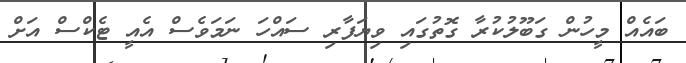
ބައެއް މީހުން ގަބޫލުކުރާ ގޮތުގައި ވިޔަފާރި ސައްހަ ނަމަވެސް އެއީ ޓެކްސް އަށް